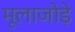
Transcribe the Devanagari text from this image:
मूलाजोड़े